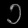
Digit: ၁